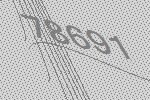
78691